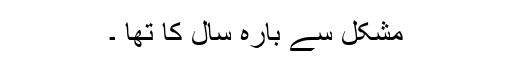
مشکل سے بارہ سال کا تھا ۔